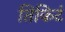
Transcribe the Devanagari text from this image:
तिकिटं